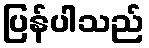
ပြန်ပါသည်